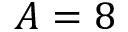
A = 8